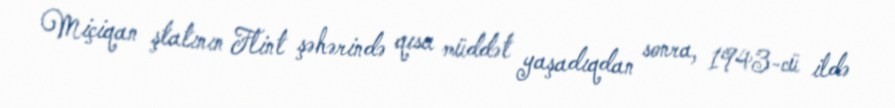
Miçiqan ştatının Flint şəhərində qısa müddət yaşadıqdan sonra, 1943-cü ildə